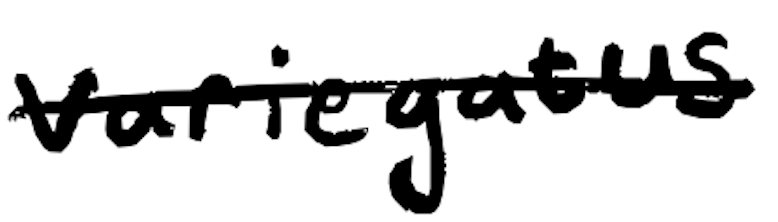
Text: variegatus
Cross-out: single-line
Writing tool: digital_black